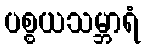
ပစ္စယသမ္ဘာရံ